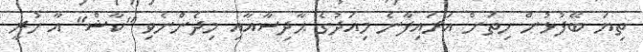
ތިޔަ ބޭފުޅުން ހިތަށް އަރައިފާނެ މިއަދުގެ ޙާދިސާއާއި މިދެންނެވި "ކާޝް" އާ ހުރީ